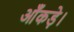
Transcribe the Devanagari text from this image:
आँकड़े।